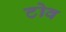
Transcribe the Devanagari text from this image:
टोव